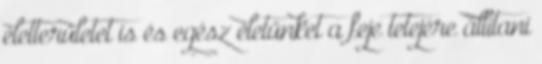
életterületet is és egész életünket a feje tetejére állítani